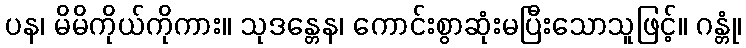
ပန၊ မိမိကိုယ်ကိုကား။ သုဒန္တေန၊ ကောင်းစွာဆုံးမပြီးသောသူဖြင့်။ ဂန္တုံ၊